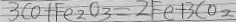
3 C O + F e _ { 2 } O _ { 3 } = 2 F e + 3 C o _ { 2 }